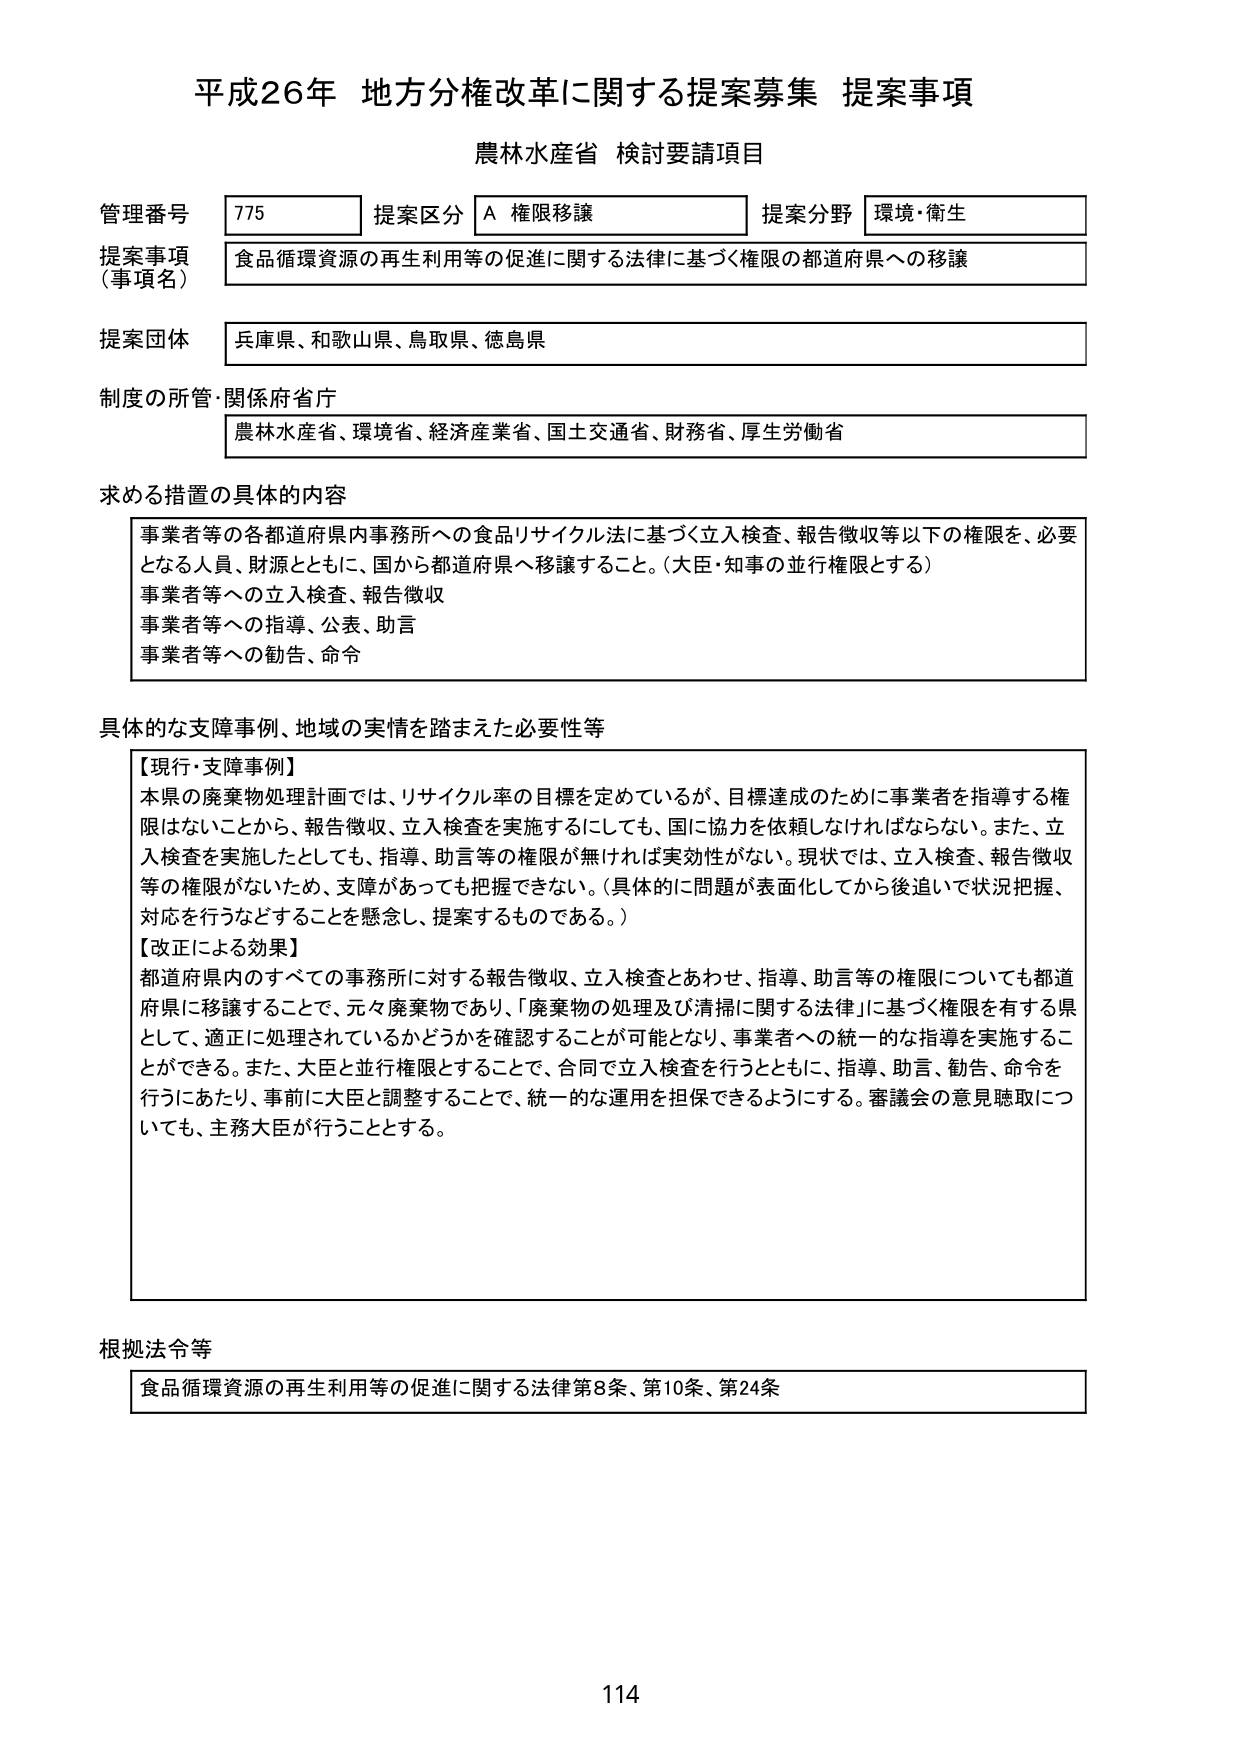
平成26年 地方分権改革に関する提案募集 提案事項
農林水産省 検討要請項目

管理番号 775 提案区分 A 権限移譲 提案分野 環境・衛生
提案事項（事項名） 食品循環資源の再生利用等の促進に関する法律に基づく権限の都道府県への移譲
提案団体 兵庫県、和歌山県、鳥取県、徳島県
制度の所管・関係省庁 農林水産省、環境省、経済産業省、国土交通省、財務省、厚生労働省

求める措置の具体的内容
事業者等の各都道府県内事務所への食品リサイクル法に基づく立入検査、報告徴収等以下の権限を、必要となる人員、財源とともに、国から都道府県へ移譲すること。（大臣・知事の並行権限とする）
事業者等への立入検査、報告徴収
事業者等への指導、公表、助言
事業者等への勧告、命令

具体的な支障事例、地域の実情を踏まえた必要性等
【現行・支障事例】
本県の廃棄物処理計画では、リサイクル率の目標を定めているが、目標達成のために事業者を指導する権限がないことから、報告徴収、立入検査を実施するにしても、国に協力を依頼しなければならない。また、立入検査を実施したとしても、指導、助言等の権限が無ければ実効性がない。現状では、立入検査、報告徴収等の権限がないため、支障があっても把握できない。（具体的に問題が表面化してから後追いで状況把握、対応を行うなどすることを懸念し、提案するものである。）
【改正による効果】
都道府県内のすべての事務所に対する報告徴収、立入検査とあわせ、指導、助言等の権限についても都道府県に移譲することで、元々廃棄物であり、「廃棄物の処理及び清掃に関する法律」に基づく権限を有する県として、適正に処理されているかどうかを確認することが可能となり、事業者への統一的な指導を実施することができる。また、大臣と並行権限とすることで、合同で立入検査を行うとともに、指導、助言、勧告、命令を行うにあたり、事前に大臣と調整することで、統一的な運用を担保できるようにする。審議会の意見聴取についても、主務大臣が行うこととする。

根拠法令等
食品循環資源の再生利用等の促進に関する法律第8条、第10条、第24条

114